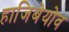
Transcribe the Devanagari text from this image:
हाजिबेयोव